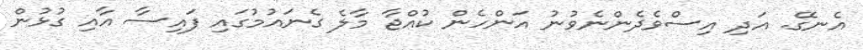
އެނގޭ. އަދި އިސްވެދެންނެވުނު އަންހެން ކުއްޖާ މާލެ ގެނައުމުގައި ފައިސާ އާއި ގުޅުން